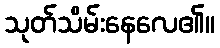
သုတ်သိမ်းနေလေ၏။